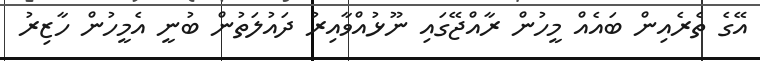
އޭގެ ތެރެއިން ބައެއް މީހުން ރާއްޖޭގައި ނޫޅުއްވާއިރު ދައުލަތުން ބުނީ އެމީހުން ހާޒިރު